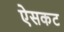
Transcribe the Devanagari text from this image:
ऐसकट